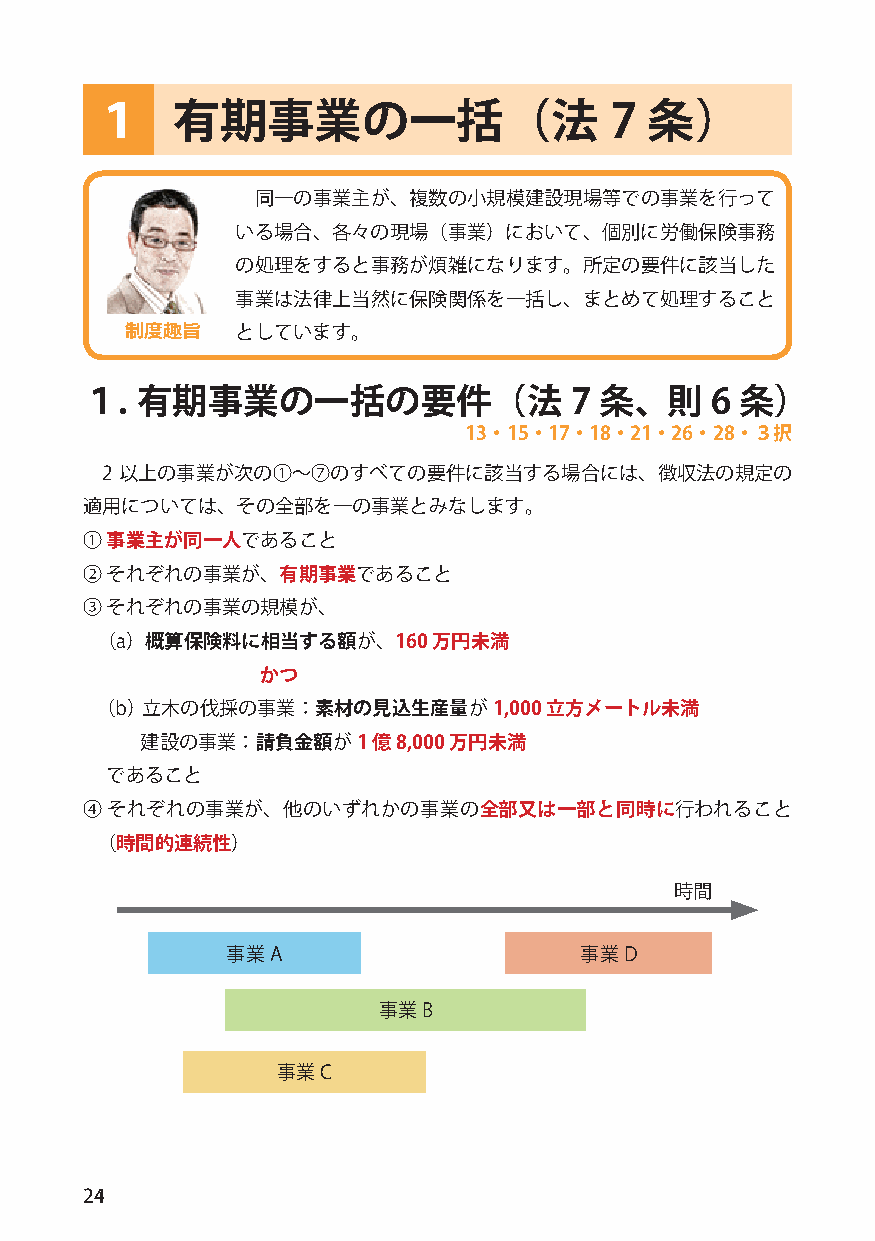
１    有期事業の一括（法                    7  条）
 同一の事業主が、複数の小規模建設現場等での事業を行って
 いる場合、各々の現場（事業）において、個別に労働保険事務
 の処理をすると事務が煩雑になります。所定の要件に該当した
 事業は法律上当然に保険関係を一括し、まとめて処理すること
 制度趣旨    としています。
 １.  有期事業の一括の要件（法                 7 条、則    6 条）
 13・15・17・18・21・26・28・３択
 2 以上の事業が次の①～⑦のすべての要件に該当する場合には、徴収法の規定の
 適用については、その全部を一の事業とみなします。
 ① 事業主が同一人であること
 ② それぞれの事業が、有期事業であること
 ③ それぞれの事業の規模が、
 （ a）概算保険料に相当する額が、160   万円未満
 かつ
 （b） 立木の伐採の事業：素材の見込生産量が1,000   立方メートル未満
 建設の事業：請負金額が1    億8,000 万円未満
 であること
 ④ それぞれの事業が、他のいずれかの事業の全部又は一部と同時に行われること
 （ 時間的連続性）
 時間
 事業A                    事業D
 事業B
 事業C
 24